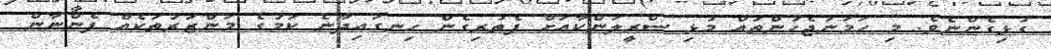
ގުޅިގެންނެވެ. މި ހަމަނުޖެހުންތައް މުޅި ސްރީލަންކާއަށް ފެތުރިގެން ހިނގައިދާނެ ކަމުގެ މަންޒަރުތަކެއް ފެންނާން